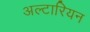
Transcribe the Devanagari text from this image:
अल्टारियन